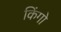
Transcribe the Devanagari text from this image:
किंगो